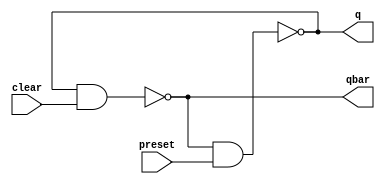
/*
 * Copyright 2018 ISP RAS (http://www.ispras.ru)
 *
 * Licensed under the Apache License, Version 2.0 (the "License");
 * you may not use this file except in compliance with the License.
 * You may obtain a copy of the License at
 *
 *     http://www.apache.org/licenses/LICENSE-2.0
 *
 * Unless required by applicable law or agreed to in writing, software
 * distributed under the License is distributed on an "AS IS" BASIS,
 * WITHOUT WARRANTIES OR CONDITIONS OF ANY KIND, either express or implied.
 * See the License for the specific language governing permissions and
 * limitations under the License.
 */

// IEEE Std 1364-2005
//   12. Hierarchical structures
//     12.1 Modules
//       12.1.2 Module instantiation
//         The following example creates two instances of the flip-flop module ffnand defined in
//         Example 1. It connects only to the q output in one instance and only to the qbar output
//         in the other instance.

// Lower level module:
// module description of a nand flip-flop circuit
module ffnand (q, qbar, preset, clear);
  output q, qbar;
  //declares 2 circuit output nets
  input preset, clear;
  //declares 2 circuit input nets
  // declaration of two nand gates and their interconnections
  nand g1 (q, qbar, preset),
  g2 (qbar, q, clear);
endmodule

// a waveform description for testing
// the nand flip-flop, without the output ports
module ffnand_wave;
  reg in1, in2; //variables to drive the circuit
  parameter d = 10;

  // make two copies of the circuit ffnand
  // ff1 has qbar unconnected, ff2 has q unconnected
  ffnand ff1(out1, , in1, in2),
  ff2(.qbar(out2), .clear(in2), .preset(in1), .q());
  // ff3(.q(out3),.clear(in1),,,); is illegal

  // define the waveform to stimulate the circuit
  initial begin
    #d in1 = 0; in2 = 1;
    #d in1 = 1;
    #d in2 = 0;
    #d in2 = 1;
  end
endmodule